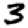
Digit: 3